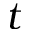
t